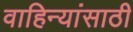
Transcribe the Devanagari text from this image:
वाहिन्यांसाठी